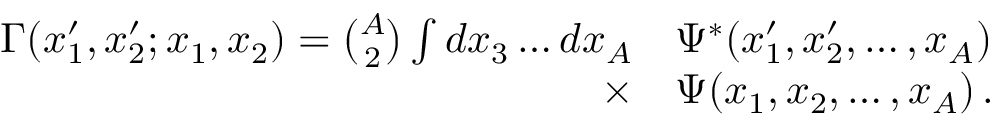
\begin{array} { r l } { \Gamma ( x _ { 1 } ^ { \prime } , x _ { 2 } ^ { \prime } ; x _ { 1 } , x _ { 2 } ) = { \binom { A } { 2 } } \int d x _ { 3 } \ldots d x _ { A } } & { \Psi ^ { * } ( x _ { 1 } ^ { \prime } , x _ { 2 } ^ { \prime } , \ldots , x _ { A } ) } \\ { \times } & { \Psi ( x _ { 1 } , x _ { 2 } , \ldots , x _ { A } ) \, . } \end{array}